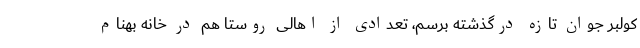
کولبر جوان تازه درگذشته برسم، تعدادی از اهالی روستا هم در خانه بهنام